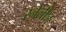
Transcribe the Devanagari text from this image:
रनेलीज